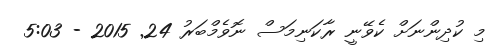
މި ކުދިންނަށް ކެވޭނީ ރާކަނިމަސް ނޮވެމްބަރު 24